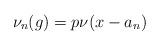
LaTeX: \begin{align*}\nu_n(g)=p\nu(x-a_n)\end{align*}